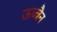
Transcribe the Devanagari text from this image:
ऊज्जैन